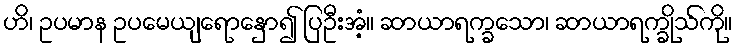
ဟိ၊ ဥပမာန ဥပမေယျရောနှော၍ ပြဦးအံ့။ ဆာယာရက္ခသော၊ ဆာယာရက္ခိုသ်ကို။